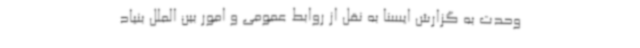
وحدت به گزارش ایسنا به نقل از روابط عمومی و امور بین الملل بنیاد